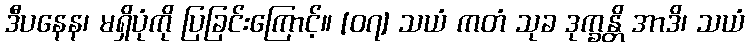
ဒီပနေန၊ မရှိပုံကို ပြခြင်းကြောင့်။ [၀၇] သယံ ကတံ သုခ ဒုက္ခန္တိ အာဒိ၊ သယံ